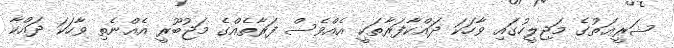
ޝަރީޢަތުގެ މަޖިލީހުގައި ވާހަކަ ދައްކާފަރާތަކީ އެއްވެސް ފަރާތެއްގެ މަޖުބޫރީ އެއްނެތި ވާހަކަ ދައްކާ